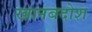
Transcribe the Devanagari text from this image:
खानबदोश